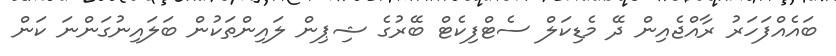
ބައެއްފަހަރު ރާއްޖެއިން ދޭ މެޑިކަލް ސެޓްފިކެޓް ބޭރުގެ ޝިޕިން ލައިންތަކުން ބަލައިނުގަންނަ ކަން